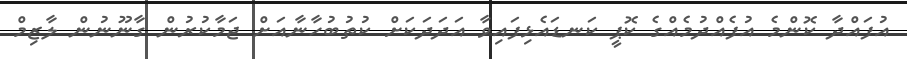
އުފައްދާ ކޮންމެ އުފެއްދުމެއްގެ ކޮޕީ ކަނޑައެޅިފައިވާ އަދަދަކަށް ކުތުބުހާނާއަށް ޖަމާކުރުން ގާނޫނުން ލާޒިމް